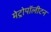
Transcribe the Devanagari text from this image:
मेट्रोपॉलीटन